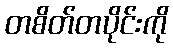
တစိတ်တပိုင်းကို